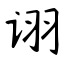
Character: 诩